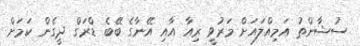
ސުޝާންތު އަމިއްލައަށް މަރުވީ ރިއާ އާއި އޭނާގެ ބޭބެ ޑްރަގް ދީގެން ކަމަށް